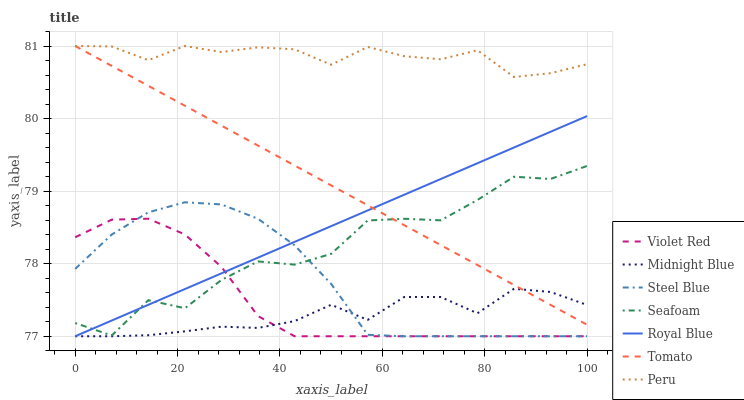
| xaxis_label | Violet Red | Midnight Blue | Steel Blue | Seafoam | Royal Blue | Tomato | Peru |
 | --- | --- | --- | --- | --- | --- | --- | --- |
 | 0 | 78.4 | 77 | 77.9 | 77.2 | 77 | 81 | 81 |
 | 7.14 | 78.6 | 77 | 78.4 | 77 | 77.2 | 80.7 | 81 |
 | 14.3 | 78.6 | 77 | 78.7 | 77.5 | 77.4 | 80.5 | 80.8 |
 | 21.4 | 78.4 | 77.1 | 78.8 | 77.4 | 77.7 | 80.2 | 81 |
 | 28.6 | 78 | 77.1 | 78.8 | 77.8 | 77.9 | 79.9 | 80.9 |
 | 35.7 | 77.3 | 77.1 | 78.6 | 78 | 78.1 | 79.6 | 81 |
 | 42.9 | 77 | 77.2 | 78.3 | 78 | 78.3 | 79.4 | 81 |
 | 50 | 77 | 77.4 | 77.7 | 78.1 | 78.5 | 79.1 | 80.7 |
 | 57.1 | 77 | 77.2 | 77 | 78.6 | 78.7 | 78.8 | 81 |
 | 64.3 | 77 | 77.5 | 77 | 78.6 | 79 | 78.5 | 80.9 |
 | 71.4 | 77 | 77.5 | 77 | 78.6 | 79.2 | 78.3 | 80.8 |
 | 78.6 | 77 | 77.3 | 77 | 78.9 | 79.4 | 78 | 80.9 |
 | 85.7 | 77 | 77.7 | 77 | 79.2 | 79.6 | 77.7 | 80.6 |
 | 92.9 | 77 | 77.6 | 77 | 79.2 | 79.8 | 77.4 | 80.6 |
 | 100 | 77 | 77.4 | 77 | 79.3 | 80 | 77.2 | 80.7 |